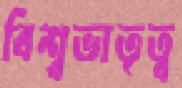
বিশ্বভাতৃত্ব